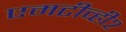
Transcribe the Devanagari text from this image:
एमटीव्ही२